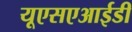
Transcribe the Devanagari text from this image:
यूएसएआईडी